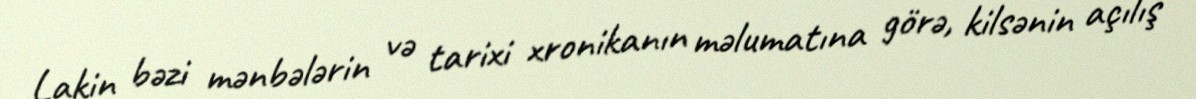
Lakin bəzi mənbələrin və tarixi xronikanın məlumatına görə, kilsənin açılış